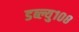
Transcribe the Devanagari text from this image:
डब्ल्यु१०८